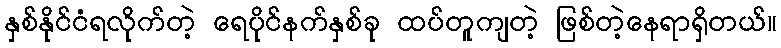
နှစ်နိုင်ငံရလိုက်တဲ့ ရေပိုင်နက်နှစ်ခု ထပ်တူကျတဲ့ ဖြစ်တဲ့နေရာရှိတယ်။